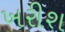
ખરીશ